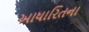
આધારિતના